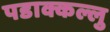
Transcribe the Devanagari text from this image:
पडाक्कल्लु